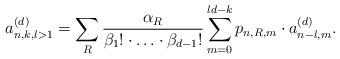
LaTeX: \begin{align*}a_{n,k,l>1}^{(d)}=\sum\limits_{R}\dfrac{\alpha_R}{\beta_1!\cdot \ldots\cdot \beta_{d-1}!}\sum\limits_{m=0}^{ld-k}p_{n,R,m}\cdot a_{n-l,m}^{(d)}.\end{align*}